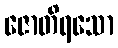
ဇောတိရသော